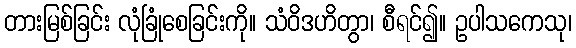
တားမြစ်ခြင်း လုံခြုံစေခြင်းကို။ သံဝိဒဟိတွာ၊ စီရင်၍။ ဥပါသကေသု၊